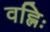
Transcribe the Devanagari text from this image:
वह्निः